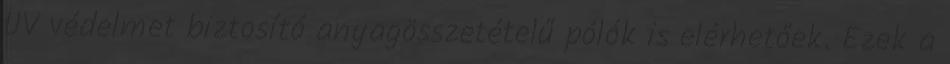
UV védelmet biztosító anyagösszetételű pólók is elérhetőek. Ezek a